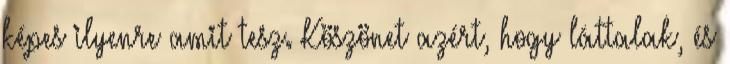
képes ilyenre amit tesz. Köszönet azért, hogy láttalak, és